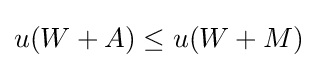
u(W+A)\leq u(W+M)